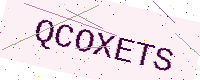
Text: QCOXETS